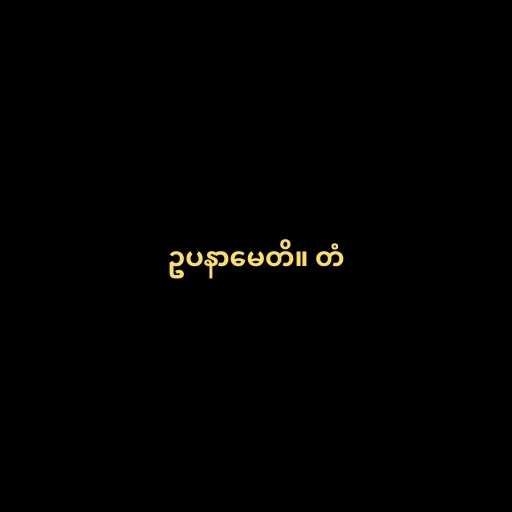
ဥပနာမေတိ။ တံ